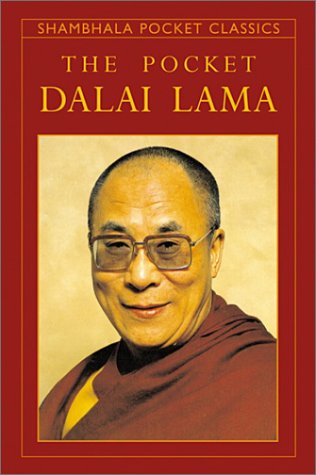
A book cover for The Pocket Dalai Lama (Shambhala Pocket Classics); M. Craig; Religion & Spirituality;